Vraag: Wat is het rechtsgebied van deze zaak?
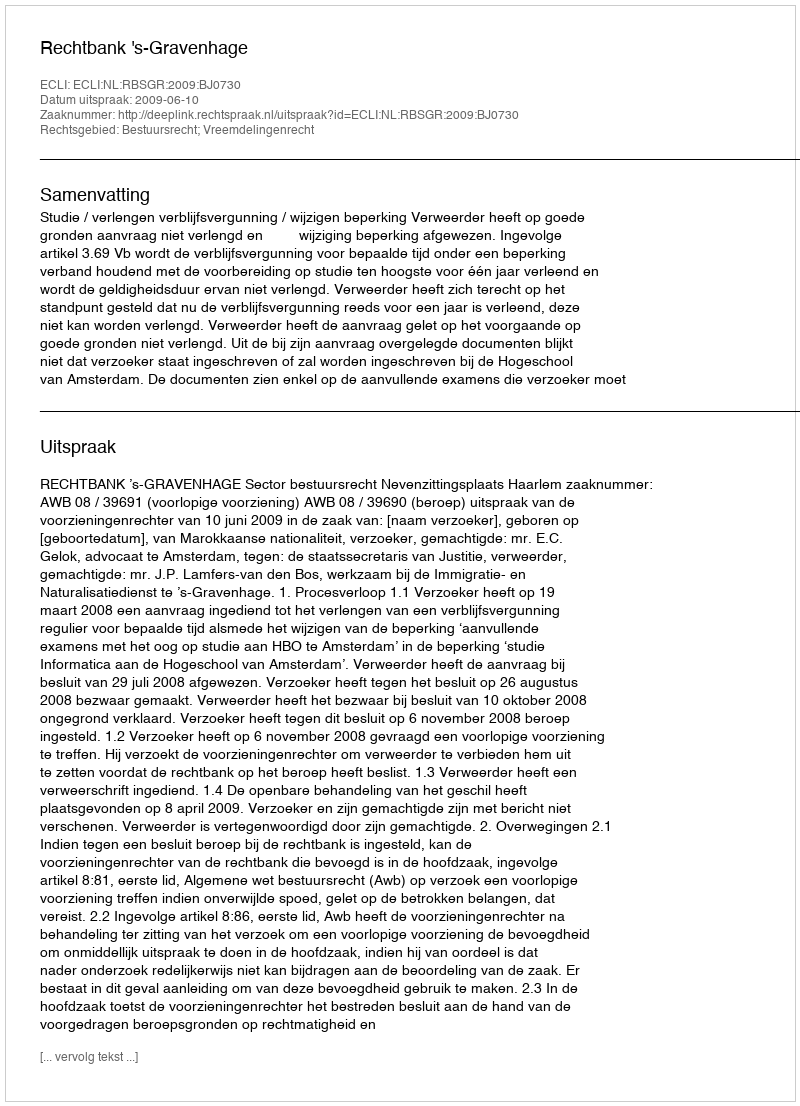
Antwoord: Bestuursrecht; Vreemdelingenrecht